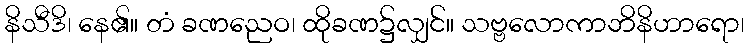
နိသီဒိ၊ နေ၏။ တံ ခဏညေဝ၊ ထိုခဏ၌လျှင်။ သဗ္ဗလောကာဘိနိဟာရော၊